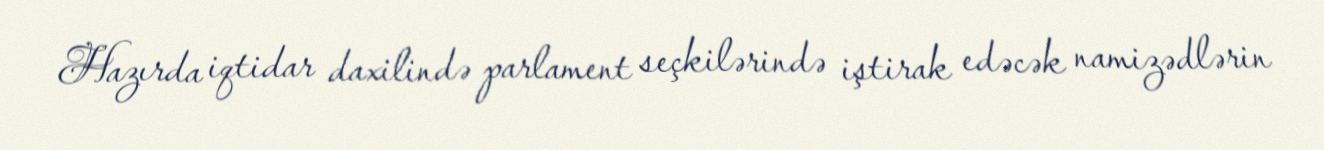
Hazırda iqtidar daxilində parlament seçkilərində iştirak edəcək namizədlərin